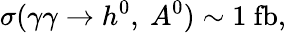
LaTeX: \sigma(\gamma\gamma\rightarrow h^{0},\ A^{0})\sim 1\ \mathrm{fb},